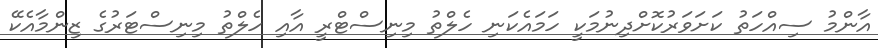
އާންމު ސިއްހަތު ކަށަވަރުކޮށްދިނުމަކީ ހަމައެކަނި ހެލްތު މިނިސްޓްރީ އާއި ހެލްތު މިނިސްޓަރުގެ ޒިންމާއެކޭ